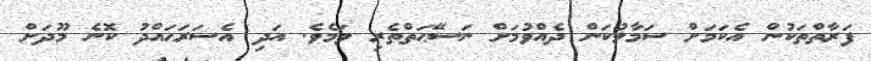
ފަރާތްތަކުން އެކަމަށް ސަމާލުކަން ދެއްވުމަށް ނަސޭޙަތްތެރި ވަމެވެ. އަދި އެސަރަޙައްދު ކޮނެ މޫދަށް